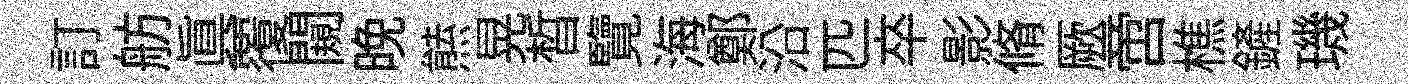
訂舫真覆闚晚㷱晃晳覽海鄭沿匹卒影脩厥啻樵鏟璣